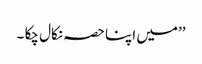
’’میں اپنا حصہ نکال چکا ۔